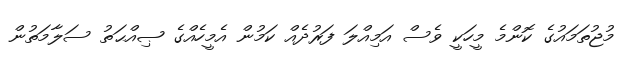
މުޖުތަމައުގެ ކޮންމެ މީހަކީ ވެސް އަމިއްލަ ފަރުދެއް ކަމުން އެމީހެއްގެ ޞިއްޙަތު ސަލާމަތުން